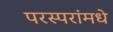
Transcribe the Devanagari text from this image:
परस्‍परांमधे